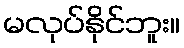
မလုပ်နိုင်ဘူး။